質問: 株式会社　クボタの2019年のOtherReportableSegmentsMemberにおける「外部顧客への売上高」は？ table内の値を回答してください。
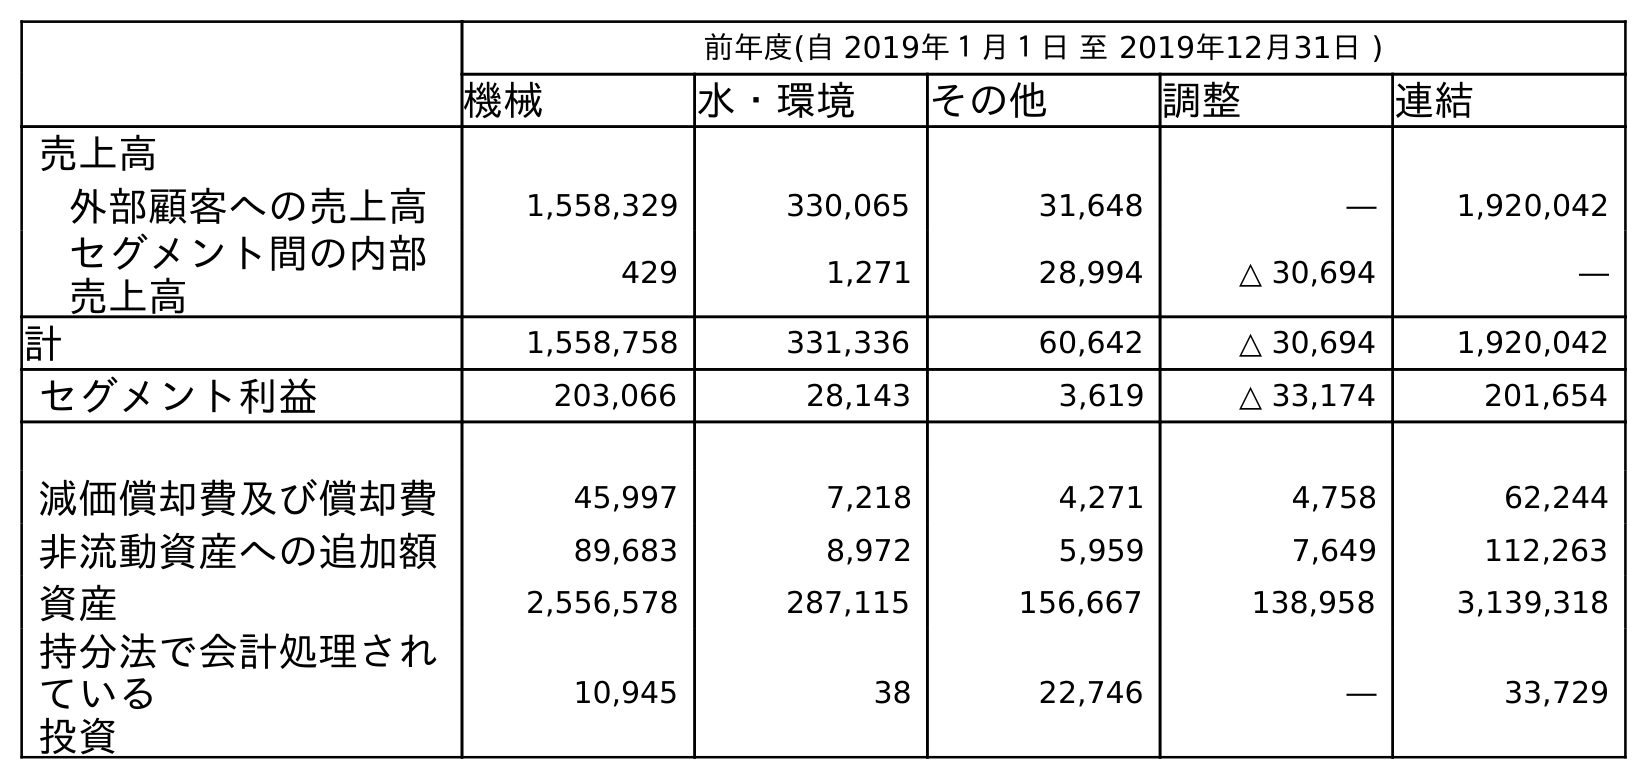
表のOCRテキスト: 前年度(自 2019年１月１日 至 2019年12月31日 ) 機械 水・環境 その他 調整 連結 売上高 外部顧客への売上高 1,558,329 330,065 31,648 ― 1,920,042 セグメント間の内部 売上高 429 1,271 28,994 △ 30,694 ― 計 1,558,758 331,336 60,642 △ 30,694 1,920,042 セグメント利益 203,066 28,143 3,619 △ 33,174 201,654 減価償却費及び償却費 45,997 7,218 4,271 4,758 62,244 非流動資産への追加額 89,683 8,972 5,959 7,649 112,263 資産 2,556,578 287,115 156,667 138,958 3,139,318 持分法で会計処理され ている 投資 10,945 38 22,746 ― 33,729
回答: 31,648